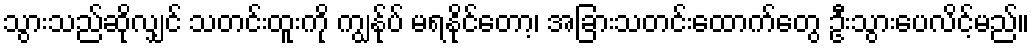
သွားသည်ဆိုလျှင် သတင်းထူးကို ကျွန်ုပ် မရနိုင်တော့၊ အခြားသတင်းထောက်တွေ ဦးသွားပေလိင့်မည်။